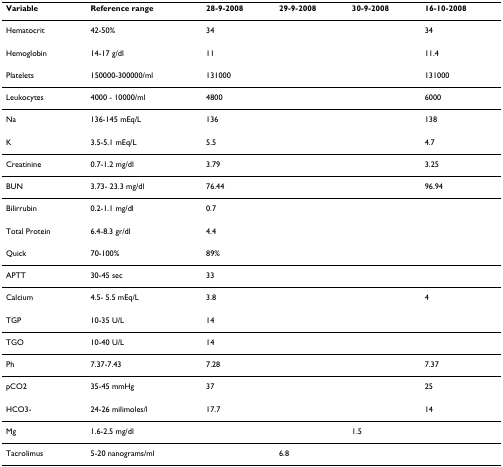
<table><thead><tr><td><b>Variable</b></td><td><b>Reference range</b></td><td><b>28-9-2008</b></td><td><b>29-9-2008</b></td><td><b>30-9-2008</b></td><td><b>16-10-2008</b></td></tr></thead><tbody><tr><td>Hematocrit</td><td>42-50%</td><td>34</td><td></td><td></td><td>34</td></tr><tr><td>Hemoglobin</td><td>14-17 g/dl</td><td>11</td><td></td><td></td><td>11.4</td></tr><tr><td>Platelets</td><td>150000-300000/ml</td><td>131000</td><td></td><td></td><td>131000</td></tr><tr><td>Leukocytes</td><td>4000 - 10000/ml</td><td>4800</td><td></td><td></td><td>6000</td></tr><tr><td>Na</td><td>136-145 mEq/L</td><td>136</td><td></td><td></td><td>138</td></tr><tr><td>K</td><td>3.5-5.1 mEq/L</td><td>5.5</td><td></td><td></td><td>4.7</td></tr><tr><td>Creatinine</td><td>0.7-1.2 mg/dl</td><td>3.79</td><td></td><td></td><td>3.25</td></tr><tr><td>BUN</td><td>3.73- 23.3 mg/dl</td><td>76.44</td><td></td><td></td><td>96.94</td></tr><tr><td>Bilirrubin</td><td>0.2-1.1 mg/dl</td><td>0.7</td><td></td><td></td><td></td></tr><tr><td>Total Protein</td><td>6.4-8.3 gr/dl</td><td>4.4</td><td></td><td></td><td></td></tr><tr><td>Quick</td><td>70-100%</td><td>89%</td><td></td><td></td><td></td></tr><tr><td>APTT</td><td>30-45 sec</td><td>33</td><td></td><td></td><td></td></tr><tr><td>Calcium</td><td>4.5- 5.5 mEq/L</td><td>3.8</td><td></td><td></td><td>4</td></tr><tr><td>TGP</td><td>10-35 U/L</td><td>14</td><td></td><td></td><td></td></tr><tr><td>TGO</td><td>10-40 U/L</td><td>14</td><td></td><td></td><td></td></tr><tr><td>Ph</td><td>7.37-7.43</td><td>7.28</td><td></td><td></td><td>7.37</td></tr><tr><td>pCO2</td><td>35-45 mmHg</td><td>37</td><td></td><td></td><td>25</td></tr><tr><td>HCO3-</td><td>24-26 milimoles/l</td><td>17.7</td><td></td><td></td><td>14</td></tr><tr><td>Mg</td><td>1.6-2.5 mg/dl</td><td></td><td></td><td>1.5</td><td></td></tr><tr><td>Tacrolimus</td><td>5-20 nanograms/ml</td><td></td><td>6.8</td><td></td><td></td></tr></tbody></table>